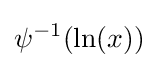
\psi ^{-1}(\ln(x))